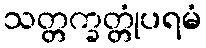
သတ္တက္ခတ္တုံပရမံ